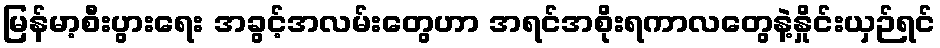
မြန်မာ့စီးပွားရေး အခွင့်အလမ်းတွေဟာ အရင်အစိုးရကာလတွေနဲ့နှိုင်းယှဉ်ရင်